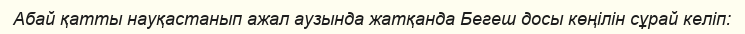
Абай қатты науқастанып ажал аузында жатқанда Бегеш досы көңілін сұрай келіп: